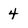
Character: 4